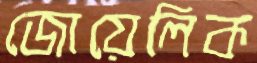
জোয়েলিক